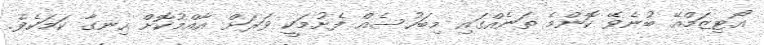
އޯޓިޒަމްއޭ ބުނެވޭ ކޮންމެ ތަނެއްގައި މިބަހުސެއް ފެށުމަކީ ވަރަށް އާއްމުކޮށް ހިނގާ ކަމަކެވެ.